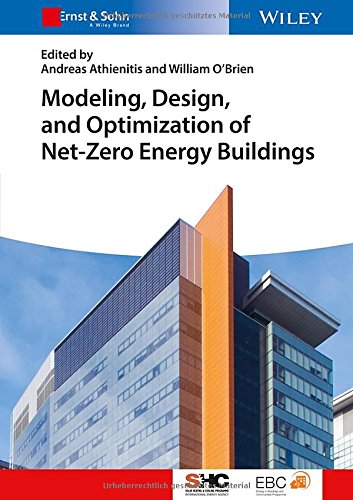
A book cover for Modeling, Design, and Optimization of Net-Zero Energy Buildings (Solar Heating and Cooling); Crafts, Hobbies & Home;